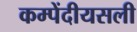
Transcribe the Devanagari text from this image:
कम्पेंदीयसली